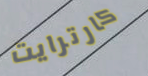
كارترايت